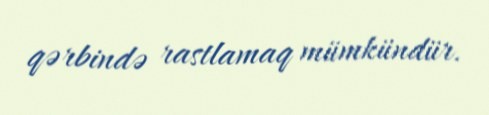
qərbində rastlamaq mümkündür.